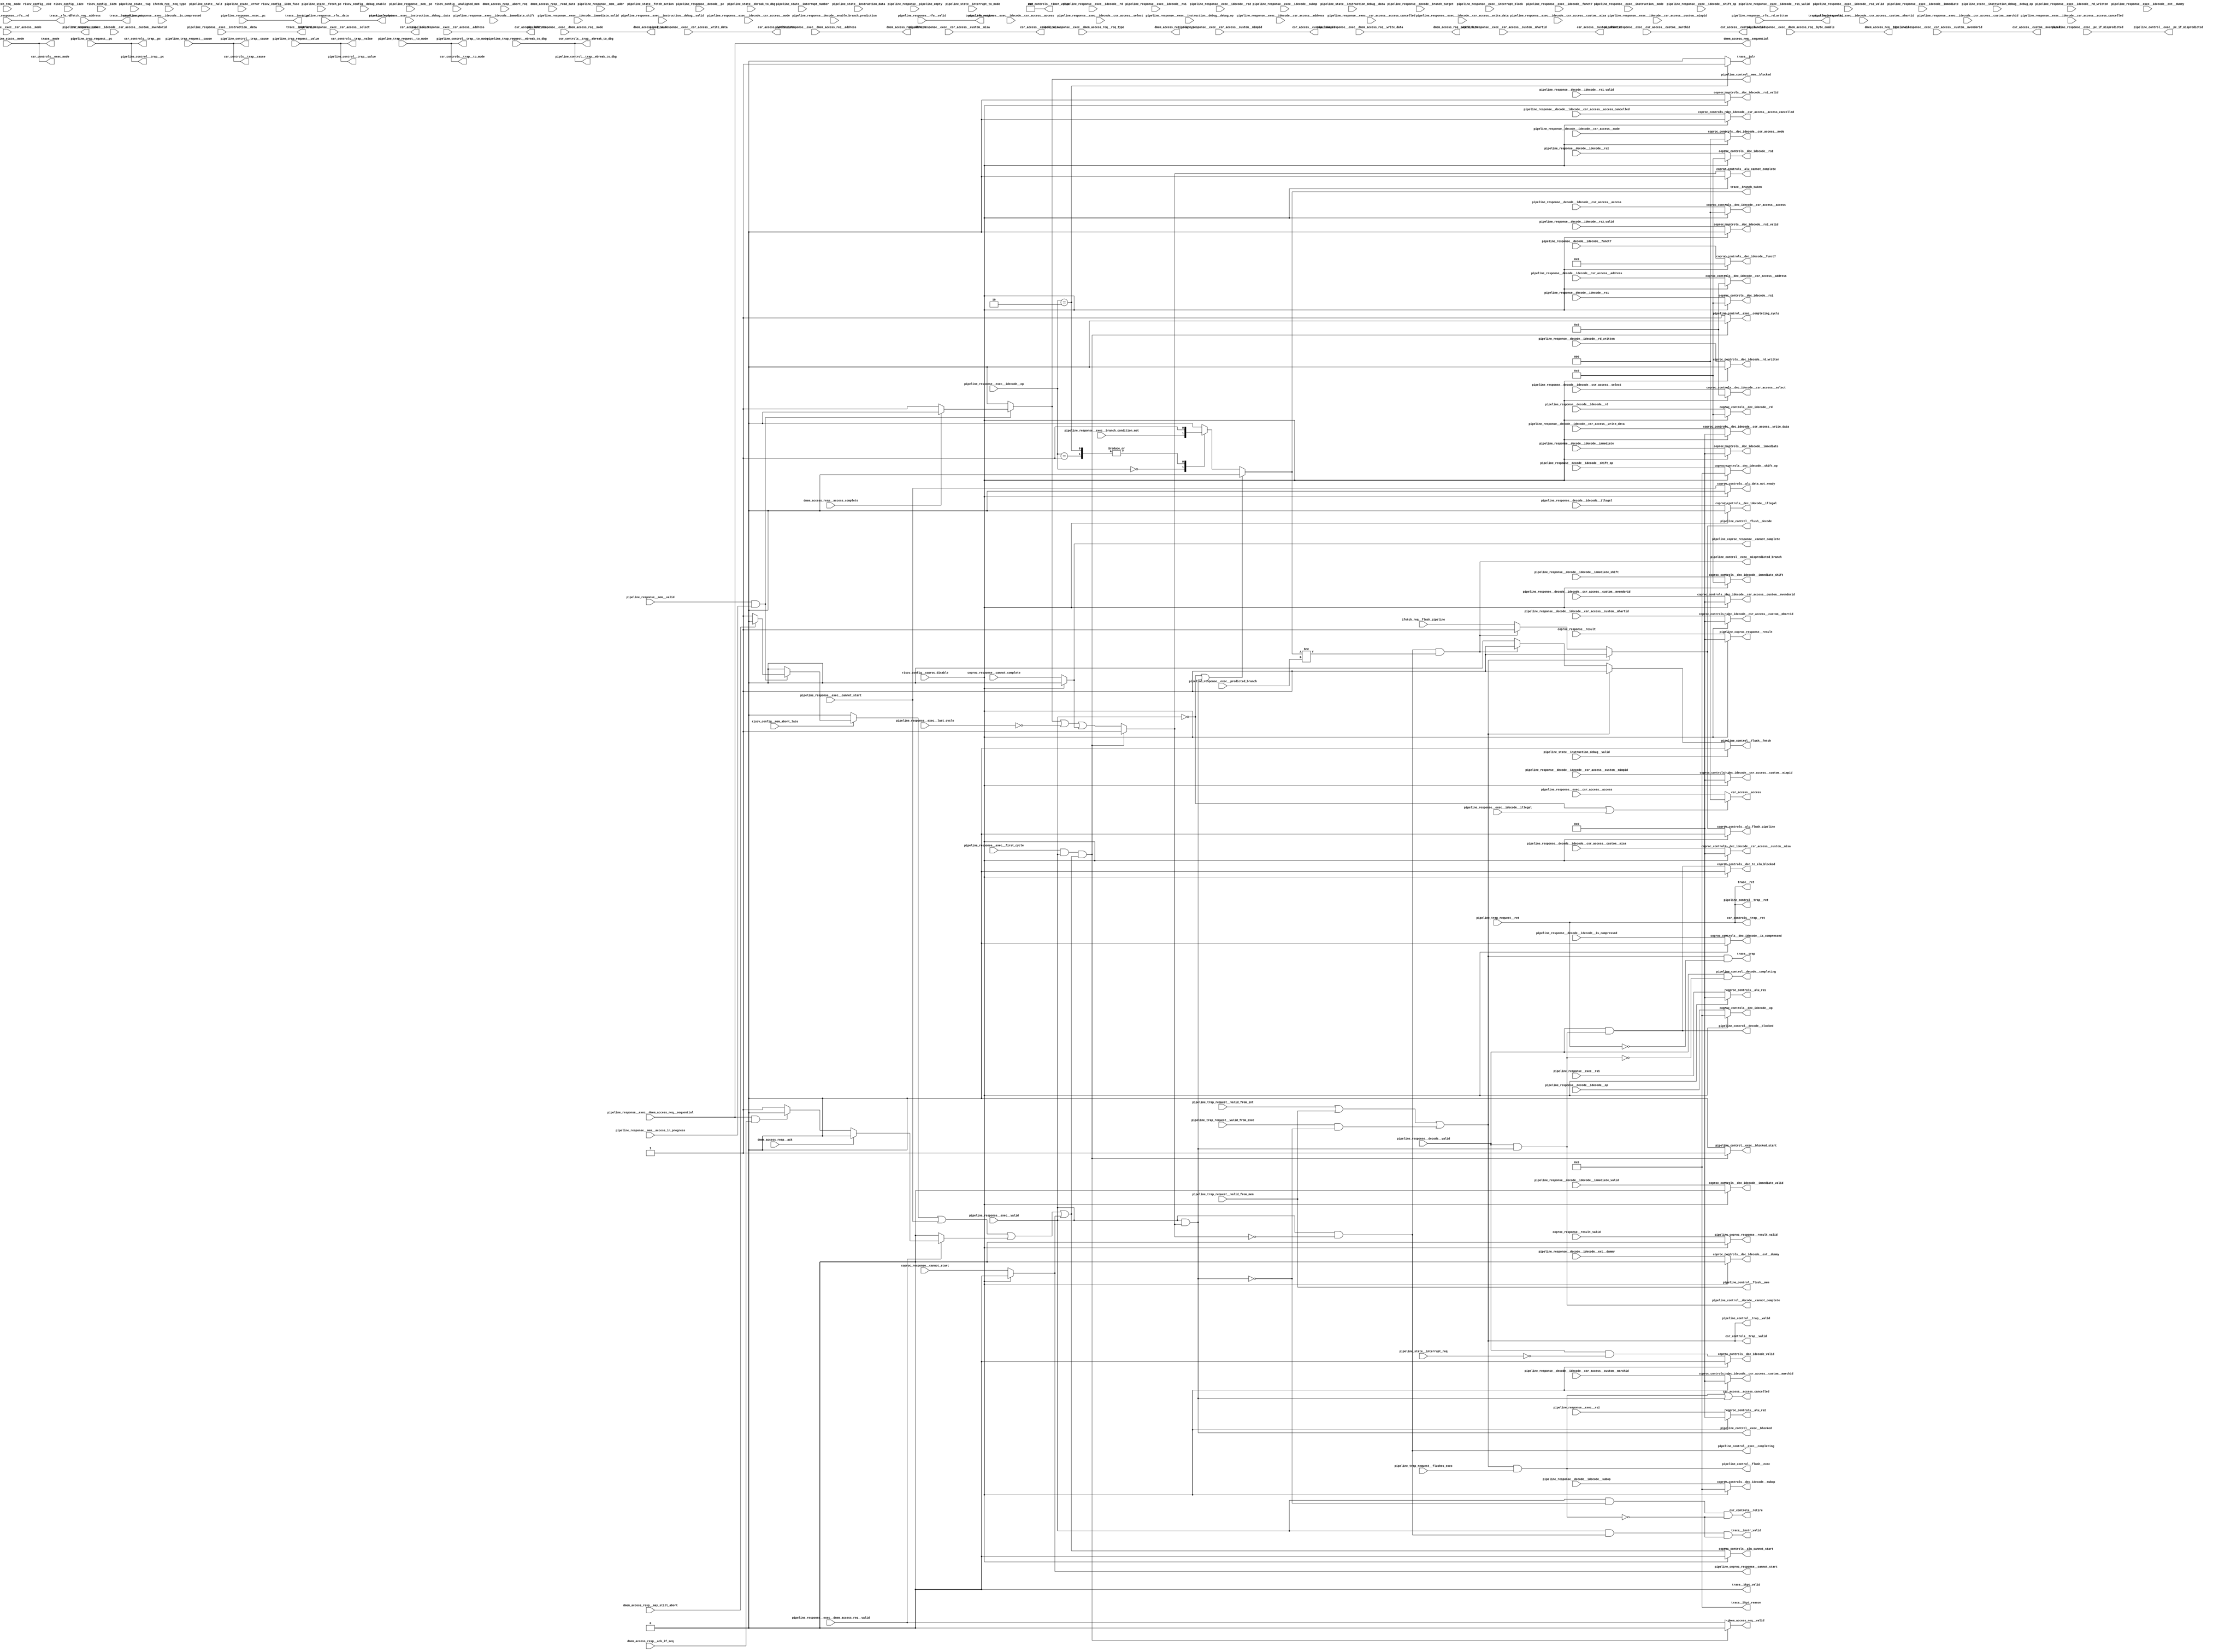
//a Note: created by CDL 1.4 - do not hand edit without recognizing it will be out of sync with the source
// Output mode 0 (VMOD=1, standard verilog=0)
// Verilog option comb reg suffix '__var'
// Verilog option include_displays 0
// Verilog option include_assertions 1
// Verilog option sv_assertions 0
// Verilog option assert delay string '<NULL>'
// Verilog option include_coverage 0
// Verilog option clock_gate_module_instance_type 'banana'
// Verilog option clock_gate_module_instance_extra_ports ''
// Verilog option use_always_at_star 1
// Verilog option clocks_must_have_enables 1

//a Module riscv_i32_pipeline_control_flow
    //   
    //   
    //   
module riscv_i32_pipeline_control_flow
(

    riscv_config__i32c,
    riscv_config__e32,
    riscv_config__i32m,
    riscv_config__i32m_fuse,
    riscv_config__debug_enable,
    riscv_config__coproc_disable,
    riscv_config__unaligned_mem,
    riscv_config__mem_abort_late,
    dmem_access_resp__ack_if_seq,
    dmem_access_resp__ack,
    dmem_access_resp__abort_req,
    dmem_access_resp__may_still_abort,
    dmem_access_resp__access_complete,
    dmem_access_resp__read_data,
    coproc_response__cannot_start,
    coproc_response__result,
    coproc_response__result_valid,
    coproc_response__cannot_complete,
    pipeline_trap_request__valid_from_mem,
    pipeline_trap_request__valid_from_int,
    pipeline_trap_request__valid_from_exec,
    pipeline_trap_request__flushes_exec,
    pipeline_trap_request__to_mode,
    pipeline_trap_request__cause,
    pipeline_trap_request__pc,
    pipeline_trap_request__value,
    pipeline_trap_request__ret,
    pipeline_trap_request__ebreak_to_dbg,
    pipeline_response__decode__valid,
    pipeline_response__decode__pc,
    pipeline_response__decode__branch_target,
    pipeline_response__decode__idecode__rs1,
    pipeline_response__decode__idecode__rs1_valid,
    pipeline_response__decode__idecode__rs2,
    pipeline_response__decode__idecode__rs2_valid,
    pipeline_response__decode__idecode__rd,
    pipeline_response__decode__idecode__rd_written,
    pipeline_response__decode__idecode__csr_access__mode,
    pipeline_response__decode__idecode__csr_access__access_cancelled,
    pipeline_response__decode__idecode__csr_access__access,
    pipeline_response__decode__idecode__csr_access__custom__mhartid,
    pipeline_response__decode__idecode__csr_access__custom__misa,
    pipeline_response__decode__idecode__csr_access__custom__mvendorid,
    pipeline_response__decode__idecode__csr_access__custom__marchid,
    pipeline_response__decode__idecode__csr_access__custom__mimpid,
    pipeline_response__decode__idecode__csr_access__address,
    pipeline_response__decode__idecode__csr_access__select,
    pipeline_response__decode__idecode__csr_access__write_data,
    pipeline_response__decode__idecode__immediate,
    pipeline_response__decode__idecode__immediate_shift,
    pipeline_response__decode__idecode__immediate_valid,
    pipeline_response__decode__idecode__op,
    pipeline_response__decode__idecode__subop,
    pipeline_response__decode__idecode__shift_op,
    pipeline_response__decode__idecode__funct7,
    pipeline_response__decode__idecode__illegal,
    pipeline_response__decode__idecode__is_compressed,
    pipeline_response__decode__idecode__ext__dummy,
    pipeline_response__decode__enable_branch_prediction,
    pipeline_response__exec__valid,
    pipeline_response__exec__cannot_start,
    pipeline_response__exec__first_cycle,
    pipeline_response__exec__last_cycle,
    pipeline_response__exec__interrupt_block,
    pipeline_response__exec__instruction__mode,
    pipeline_response__exec__instruction__data,
    pipeline_response__exec__instruction__debug__valid,
    pipeline_response__exec__instruction__debug__debug_op,
    pipeline_response__exec__instruction__debug__data,
    pipeline_response__exec__idecode__rs1,
    pipeline_response__exec__idecode__rs1_valid,
    pipeline_response__exec__idecode__rs2,
    pipeline_response__exec__idecode__rs2_valid,
    pipeline_response__exec__idecode__rd,
    pipeline_response__exec__idecode__rd_written,
    pipeline_response__exec__idecode__csr_access__mode,
    pipeline_response__exec__idecode__csr_access__access_cancelled,
    pipeline_response__exec__idecode__csr_access__access,
    pipeline_response__exec__idecode__csr_access__custom__mhartid,
    pipeline_response__exec__idecode__csr_access__custom__misa,
    pipeline_response__exec__idecode__csr_access__custom__mvendorid,
    pipeline_response__exec__idecode__csr_access__custom__marchid,
    pipeline_response__exec__idecode__csr_access__custom__mimpid,
    pipeline_response__exec__idecode__csr_access__address,
    pipeline_response__exec__idecode__csr_access__select,
    pipeline_response__exec__idecode__csr_access__write_data,
    pipeline_response__exec__idecode__immediate,
    pipeline_response__exec__idecode__immediate_shift,
    pipeline_response__exec__idecode__immediate_valid,
    pipeline_response__exec__idecode__op,
    pipeline_response__exec__idecode__subop,
    pipeline_response__exec__idecode__shift_op,
    pipeline_response__exec__idecode__funct7,
    pipeline_response__exec__idecode__illegal,
    pipeline_response__exec__idecode__is_compressed,
    pipeline_response__exec__idecode__ext__dummy,
    pipeline_response__exec__rs1,
    pipeline_response__exec__rs2,
    pipeline_response__exec__pc,
    pipeline_response__exec__predicted_branch,
    pipeline_response__exec__pc_if_mispredicted,
    pipeline_response__exec__branch_condition_met,
    pipeline_response__exec__dmem_access_req__valid,
    pipeline_response__exec__dmem_access_req__mode,
    pipeline_response__exec__dmem_access_req__req_type,
    pipeline_response__exec__dmem_access_req__address,
    pipeline_response__exec__dmem_access_req__sequential,
    pipeline_response__exec__dmem_access_req__byte_enable,
    pipeline_response__exec__dmem_access_req__write_data,
    pipeline_response__exec__csr_access__mode,
    pipeline_response__exec__csr_access__access_cancelled,
    pipeline_response__exec__csr_access__access,
    pipeline_response__exec__csr_access__custom__mhartid,
    pipeline_response__exec__csr_access__custom__misa,
    pipeline_response__exec__csr_access__custom__mvendorid,
    pipeline_response__exec__csr_access__custom__marchid,
    pipeline_response__exec__csr_access__custom__mimpid,
    pipeline_response__exec__csr_access__address,
    pipeline_response__exec__csr_access__select,
    pipeline_response__exec__csr_access__write_data,
    pipeline_response__mem__valid,
    pipeline_response__mem__access_in_progress,
    pipeline_response__mem__pc,
    pipeline_response__mem__addr,
    pipeline_response__rfw__valid,
    pipeline_response__rfw__rd_written,
    pipeline_response__rfw__rd,
    pipeline_response__rfw__data,
    pipeline_response__pipeline_empty,
    ifetch_req__flush_pipeline,
    ifetch_req__req_type,
    ifetch_req__address,
    ifetch_req__mode,
    pipeline_state__fetch_action,
    pipeline_state__fetch_pc,
    pipeline_state__mode,
    pipeline_state__error,
    pipeline_state__tag,
    pipeline_state__halt,
    pipeline_state__ebreak_to_dbg,
    pipeline_state__interrupt_req,
    pipeline_state__interrupt_number,
    pipeline_state__interrupt_to_mode,
    pipeline_state__instruction_data,
    pipeline_state__instruction_debug__valid,
    pipeline_state__instruction_debug__debug_op,
    pipeline_state__instruction_debug__data,

    trace__instr_valid,
    trace__mode,
    trace__instr_pc,
    trace__instruction,
    trace__branch_taken,
    trace__branch_target,
    trace__trap,
    trace__ret,
    trace__jalr,
    trace__rfw_retire,
    trace__rfw_data_valid,
    trace__rfw_rd,
    trace__rfw_data,
    trace__bkpt_valid,
    trace__bkpt_reason,
    csr_controls__exec_mode,
    csr_controls__retire,
    csr_controls__timer_value,
    csr_controls__trap__valid,
    csr_controls__trap__to_mode,
    csr_controls__trap__cause,
    csr_controls__trap__pc,
    csr_controls__trap__value,
    csr_controls__trap__ret,
    csr_controls__trap__ebreak_to_dbg,
    coproc_controls__dec_idecode_valid,
    coproc_controls__dec_idecode__rs1,
    coproc_controls__dec_idecode__rs1_valid,
    coproc_controls__dec_idecode__rs2,
    coproc_controls__dec_idecode__rs2_valid,
    coproc_controls__dec_idecode__rd,
    coproc_controls__dec_idecode__rd_written,
    coproc_controls__dec_idecode__csr_access__mode,
    coproc_controls__dec_idecode__csr_access__access_cancelled,
    coproc_controls__dec_idecode__csr_access__access,
    coproc_controls__dec_idecode__csr_access__custom__mhartid,
    coproc_controls__dec_idecode__csr_access__custom__misa,
    coproc_controls__dec_idecode__csr_access__custom__mvendorid,
    coproc_controls__dec_idecode__csr_access__custom__marchid,
    coproc_controls__dec_idecode__csr_access__custom__mimpid,
    coproc_controls__dec_idecode__csr_access__address,
    coproc_controls__dec_idecode__csr_access__select,
    coproc_controls__dec_idecode__csr_access__write_data,
    coproc_controls__dec_idecode__immediate,
    coproc_controls__dec_idecode__immediate_shift,
    coproc_controls__dec_idecode__immediate_valid,
    coproc_controls__dec_idecode__op,
    coproc_controls__dec_idecode__subop,
    coproc_controls__dec_idecode__shift_op,
    coproc_controls__dec_idecode__funct7,
    coproc_controls__dec_idecode__illegal,
    coproc_controls__dec_idecode__is_compressed,
    coproc_controls__dec_idecode__ext__dummy,
    coproc_controls__dec_to_alu_blocked,
    coproc_controls__alu_rs1,
    coproc_controls__alu_rs2,
    coproc_controls__alu_flush_pipeline,
    coproc_controls__alu_cannot_start,
    coproc_controls__alu_data_not_ready,
    coproc_controls__alu_cannot_complete,
    pipeline_coproc_response__cannot_start,
    pipeline_coproc_response__result,
    pipeline_coproc_response__result_valid,
    pipeline_coproc_response__cannot_complete,
    csr_access__mode,
    csr_access__access_cancelled,
    csr_access__access,
    csr_access__custom__mhartid,
    csr_access__custom__misa,
    csr_access__custom__mvendorid,
    csr_access__custom__marchid,
    csr_access__custom__mimpid,
    csr_access__address,
    csr_access__select,
    csr_access__write_data,
    dmem_access_req__valid,
    dmem_access_req__mode,
    dmem_access_req__req_type,
    dmem_access_req__address,
    dmem_access_req__sequential,
    dmem_access_req__byte_enable,
    dmem_access_req__write_data,
    pipeline_control__trap__valid,
    pipeline_control__trap__to_mode,
    pipeline_control__trap__cause,
    pipeline_control__trap__pc,
    pipeline_control__trap__value,
    pipeline_control__trap__ret,
    pipeline_control__trap__ebreak_to_dbg,
    pipeline_control__flush__fetch,
    pipeline_control__flush__decode,
    pipeline_control__flush__exec,
    pipeline_control__flush__mem,
    pipeline_control__decode__completing,
    pipeline_control__decode__blocked,
    pipeline_control__decode__cannot_complete,
    pipeline_control__exec__completing_cycle,
    pipeline_control__exec__completing,
    pipeline_control__exec__blocked_start,
    pipeline_control__exec__blocked,
    pipeline_control__exec__mispredicted_branch,
    pipeline_control__exec__pc_if_mispredicted,
    pipeline_control__mem__blocked
);

    //b Clocks

    //b Inputs
    input riscv_config__i32c;
    input riscv_config__e32;
    input riscv_config__i32m;
    input riscv_config__i32m_fuse;
    input riscv_config__debug_enable;
    input riscv_config__coproc_disable;
    input riscv_config__unaligned_mem;
    input riscv_config__mem_abort_late;
    input dmem_access_resp__ack_if_seq;
    input dmem_access_resp__ack;
    input dmem_access_resp__abort_req;
    input dmem_access_resp__may_still_abort;
    input dmem_access_resp__access_complete;
    input [31:0]dmem_access_resp__read_data;
    input coproc_response__cannot_start;
    input [31:0]coproc_response__result;
    input coproc_response__result_valid;
    input coproc_response__cannot_complete;
    input pipeline_trap_request__valid_from_mem;
    input pipeline_trap_request__valid_from_int;
    input pipeline_trap_request__valid_from_exec;
    input pipeline_trap_request__flushes_exec;
    input [2:0]pipeline_trap_request__to_mode;
    input [4:0]pipeline_trap_request__cause;
    input [31:0]pipeline_trap_request__pc;
    input [31:0]pipeline_trap_request__value;
    input pipeline_trap_request__ret;
    input pipeline_trap_request__ebreak_to_dbg;
    input pipeline_response__decode__valid;
    input [31:0]pipeline_response__decode__pc;
    input [31:0]pipeline_response__decode__branch_target;
    input [4:0]pipeline_response__decode__idecode__rs1;
    input pipeline_response__decode__idecode__rs1_valid;
    input [4:0]pipeline_response__decode__idecode__rs2;
    input pipeline_response__decode__idecode__rs2_valid;
    input [4:0]pipeline_response__decode__idecode__rd;
    input pipeline_response__decode__idecode__rd_written;
    input [2:0]pipeline_response__decode__idecode__csr_access__mode;
    input pipeline_response__decode__idecode__csr_access__access_cancelled;
    input [2:0]pipeline_response__decode__idecode__csr_access__access;
    input [31:0]pipeline_response__decode__idecode__csr_access__custom__mhartid;
    input [31:0]pipeline_response__decode__idecode__csr_access__custom__misa;
    input [31:0]pipeline_response__decode__idecode__csr_access__custom__mvendorid;
    input [31:0]pipeline_response__decode__idecode__csr_access__custom__marchid;
    input [31:0]pipeline_response__decode__idecode__csr_access__custom__mimpid;
    input [11:0]pipeline_response__decode__idecode__csr_access__address;
    input [11:0]pipeline_response__decode__idecode__csr_access__select;
    input [31:0]pipeline_response__decode__idecode__csr_access__write_data;
    input [31:0]pipeline_response__decode__idecode__immediate;
    input [4:0]pipeline_response__decode__idecode__immediate_shift;
    input pipeline_response__decode__idecode__immediate_valid;
    input [3:0]pipeline_response__decode__idecode__op;
    input [3:0]pipeline_response__decode__idecode__subop;
    input [3:0]pipeline_response__decode__idecode__shift_op;
    input [6:0]pipeline_response__decode__idecode__funct7;
    input pipeline_response__decode__idecode__illegal;
    input pipeline_response__decode__idecode__is_compressed;
    input pipeline_response__decode__idecode__ext__dummy;
    input pipeline_response__decode__enable_branch_prediction;
    input pipeline_response__exec__valid;
    input pipeline_response__exec__cannot_start;
    input pipeline_response__exec__first_cycle;
    input pipeline_response__exec__last_cycle;
    input pipeline_response__exec__interrupt_block;
    input [2:0]pipeline_response__exec__instruction__mode;
    input [31:0]pipeline_response__exec__instruction__data;
    input pipeline_response__exec__instruction__debug__valid;
    input [1:0]pipeline_response__exec__instruction__debug__debug_op;
    input [15:0]pipeline_response__exec__instruction__debug__data;
    input [4:0]pipeline_response__exec__idecode__rs1;
    input pipeline_response__exec__idecode__rs1_valid;
    input [4:0]pipeline_response__exec__idecode__rs2;
    input pipeline_response__exec__idecode__rs2_valid;
    input [4:0]pipeline_response__exec__idecode__rd;
    input pipeline_response__exec__idecode__rd_written;
    input [2:0]pipeline_response__exec__idecode__csr_access__mode;
    input pipeline_response__exec__idecode__csr_access__access_cancelled;
    input [2:0]pipeline_response__exec__idecode__csr_access__access;
    input [31:0]pipeline_response__exec__idecode__csr_access__custom__mhartid;
    input [31:0]pipeline_response__exec__idecode__csr_access__custom__misa;
    input [31:0]pipeline_response__exec__idecode__csr_access__custom__mvendorid;
    input [31:0]pipeline_response__exec__idecode__csr_access__custom__marchid;
    input [31:0]pipeline_response__exec__idecode__csr_access__custom__mimpid;
    input [11:0]pipeline_response__exec__idecode__csr_access__address;
    input [11:0]pipeline_response__exec__idecode__csr_access__select;
    input [31:0]pipeline_response__exec__idecode__csr_access__write_data;
    input [31:0]pipeline_response__exec__idecode__immediate;
    input [4:0]pipeline_response__exec__idecode__immediate_shift;
    input pipeline_response__exec__idecode__immediate_valid;
    input [3:0]pipeline_response__exec__idecode__op;
    input [3:0]pipeline_response__exec__idecode__subop;
    input [3:0]pipeline_response__exec__idecode__shift_op;
    input [6:0]pipeline_response__exec__idecode__funct7;
    input pipeline_response__exec__idecode__illegal;
    input pipeline_response__exec__idecode__is_compressed;
    input pipeline_response__exec__idecode__ext__dummy;
    input [31:0]pipeline_response__exec__rs1;
    input [31:0]pipeline_response__exec__rs2;
    input [31:0]pipeline_response__exec__pc;
    input pipeline_response__exec__predicted_branch;
    input [31:0]pipeline_response__exec__pc_if_mispredicted;
    input pipeline_response__exec__branch_condition_met;
    input pipeline_response__exec__dmem_access_req__valid;
    input [2:0]pipeline_response__exec__dmem_access_req__mode;
    input [4:0]pipeline_response__exec__dmem_access_req__req_type;
    input [31:0]pipeline_response__exec__dmem_access_req__address;
    input pipeline_response__exec__dmem_access_req__sequential;
    input [3:0]pipeline_response__exec__dmem_access_req__byte_enable;
    input [31:0]pipeline_response__exec__dmem_access_req__write_data;
    input [2:0]pipeline_response__exec__csr_access__mode;
    input pipeline_response__exec__csr_access__access_cancelled;
    input [2:0]pipeline_response__exec__csr_access__access;
    input [31:0]pipeline_response__exec__csr_access__custom__mhartid;
    input [31:0]pipeline_response__exec__csr_access__custom__misa;
    input [31:0]pipeline_response__exec__csr_access__custom__mvendorid;
    input [31:0]pipeline_response__exec__csr_access__custom__marchid;
    input [31:0]pipeline_response__exec__csr_access__custom__mimpid;
    input [11:0]pipeline_response__exec__csr_access__address;
    input [11:0]pipeline_response__exec__csr_access__select;
    input [31:0]pipeline_response__exec__csr_access__write_data;
    input pipeline_response__mem__valid;
    input pipeline_response__mem__access_in_progress;
    input [31:0]pipeline_response__mem__pc;
    input [31:0]pipeline_response__mem__addr;
    input pipeline_response__rfw__valid;
    input pipeline_response__rfw__rd_written;
    input [4:0]pipeline_response__rfw__rd;
    input [31:0]pipeline_response__rfw__data;
    input pipeline_response__pipeline_empty;
    input ifetch_req__flush_pipeline;
    input [2:0]ifetch_req__req_type;
    input [31:0]ifetch_req__address;
    input [2:0]ifetch_req__mode;
    input [2:0]pipeline_state__fetch_action;
    input [31:0]pipeline_state__fetch_pc;
    input [2:0]pipeline_state__mode;
    input pipeline_state__error;
    input [1:0]pipeline_state__tag;
    input pipeline_state__halt;
    input pipeline_state__ebreak_to_dbg;
    input pipeline_state__interrupt_req;
    input [3:0]pipeline_state__interrupt_number;
    input [2:0]pipeline_state__interrupt_to_mode;
    input [31:0]pipeline_state__instruction_data;
    input pipeline_state__instruction_debug__valid;
    input [1:0]pipeline_state__instruction_debug__debug_op;
    input [15:0]pipeline_state__instruction_debug__data;

    //b Outputs
    output trace__instr_valid;
    output [2:0]trace__mode;
    output [31:0]trace__instr_pc;
    output [31:0]trace__instruction;
    output trace__branch_taken;
    output [31:0]trace__branch_target;
    output trace__trap;
    output trace__ret;
    output trace__jalr;
    output trace__rfw_retire;
    output trace__rfw_data_valid;
    output [4:0]trace__rfw_rd;
    output [31:0]trace__rfw_data;
    output trace__bkpt_valid;
    output [3:0]trace__bkpt_reason;
    output [2:0]csr_controls__exec_mode;
    output csr_controls__retire;
    output [63:0]csr_controls__timer_value;
    output csr_controls__trap__valid;
    output [2:0]csr_controls__trap__to_mode;
    output [4:0]csr_controls__trap__cause;
    output [31:0]csr_controls__trap__pc;
    output [31:0]csr_controls__trap__value;
    output csr_controls__trap__ret;
    output csr_controls__trap__ebreak_to_dbg;
    output coproc_controls__dec_idecode_valid;
    output [4:0]coproc_controls__dec_idecode__rs1;
    output coproc_controls__dec_idecode__rs1_valid;
    output [4:0]coproc_controls__dec_idecode__rs2;
    output coproc_controls__dec_idecode__rs2_valid;
    output [4:0]coproc_controls__dec_idecode__rd;
    output coproc_controls__dec_idecode__rd_written;
    output [2:0]coproc_controls__dec_idecode__csr_access__mode;
    output coproc_controls__dec_idecode__csr_access__access_cancelled;
    output [2:0]coproc_controls__dec_idecode__csr_access__access;
    output [31:0]coproc_controls__dec_idecode__csr_access__custom__mhartid;
    output [31:0]coproc_controls__dec_idecode__csr_access__custom__misa;
    output [31:0]coproc_controls__dec_idecode__csr_access__custom__mvendorid;
    output [31:0]coproc_controls__dec_idecode__csr_access__custom__marchid;
    output [31:0]coproc_controls__dec_idecode__csr_access__custom__mimpid;
    output [11:0]coproc_controls__dec_idecode__csr_access__address;
    output [11:0]coproc_controls__dec_idecode__csr_access__select;
    output [31:0]coproc_controls__dec_idecode__csr_access__write_data;
    output [31:0]coproc_controls__dec_idecode__immediate;
    output [4:0]coproc_controls__dec_idecode__immediate_shift;
    output coproc_controls__dec_idecode__immediate_valid;
    output [3:0]coproc_controls__dec_idecode__op;
    output [3:0]coproc_controls__dec_idecode__subop;
    output [3:0]coproc_controls__dec_idecode__shift_op;
    output [6:0]coproc_controls__dec_idecode__funct7;
    output coproc_controls__dec_idecode__illegal;
    output coproc_controls__dec_idecode__is_compressed;
    output coproc_controls__dec_idecode__ext__dummy;
    output coproc_controls__dec_to_alu_blocked;
    output [31:0]coproc_controls__alu_rs1;
    output [31:0]coproc_controls__alu_rs2;
    output coproc_controls__alu_flush_pipeline;
    output coproc_controls__alu_cannot_start;
    output coproc_controls__alu_data_not_ready;
    output coproc_controls__alu_cannot_complete;
    output pipeline_coproc_response__cannot_start;
    output [31:0]pipeline_coproc_response__result;
    output pipeline_coproc_response__result_valid;
    output pipeline_coproc_response__cannot_complete;
    output [2:0]csr_access__mode;
    output csr_access__access_cancelled;
    output [2:0]csr_access__access;
    output [31:0]csr_access__custom__mhartid;
    output [31:0]csr_access__custom__misa;
    output [31:0]csr_access__custom__mvendorid;
    output [31:0]csr_access__custom__marchid;
    output [31:0]csr_access__custom__mimpid;
    output [11:0]csr_access__address;
    output [11:0]csr_access__select;
    output [31:0]csr_access__write_data;
    output dmem_access_req__valid;
    output [2:0]dmem_access_req__mode;
    output [4:0]dmem_access_req__req_type;
    output [31:0]dmem_access_req__address;
    output dmem_access_req__sequential;
    output [3:0]dmem_access_req__byte_enable;
    output [31:0]dmem_access_req__write_data;
    output pipeline_control__trap__valid;
    output [2:0]pipeline_control__trap__to_mode;
    output [4:0]pipeline_control__trap__cause;
    output [31:0]pipeline_control__trap__pc;
    output [31:0]pipeline_control__trap__value;
    output pipeline_control__trap__ret;
    output pipeline_control__trap__ebreak_to_dbg;
    output pipeline_control__flush__fetch;
    output pipeline_control__flush__decode;
    output pipeline_control__flush__exec;
    output pipeline_control__flush__mem;
    output pipeline_control__decode__completing;
    output pipeline_control__decode__blocked;
    output pipeline_control__decode__cannot_complete;
    output pipeline_control__exec__completing_cycle;
    output pipeline_control__exec__completing;
    output pipeline_control__exec__blocked_start;
    output pipeline_control__exec__blocked;
    output pipeline_control__exec__mispredicted_branch;
    output [31:0]pipeline_control__exec__pc_if_mispredicted;
    output pipeline_control__mem__blocked;

// output components here

    //b Output combinatorials
    reg trace__instr_valid;
    reg [2:0]trace__mode;
    reg [31:0]trace__instr_pc;
    reg [31:0]trace__instruction;
    reg trace__branch_taken;
    reg [31:0]trace__branch_target;
    reg trace__trap;
    reg trace__ret;
    reg trace__jalr;
    reg trace__rfw_retire;
    reg trace__rfw_data_valid;
    reg [4:0]trace__rfw_rd;
    reg [31:0]trace__rfw_data;
    reg trace__bkpt_valid;
    reg [3:0]trace__bkpt_reason;
    reg [2:0]csr_controls__exec_mode;
    reg csr_controls__retire;
    reg [63:0]csr_controls__timer_value;
    reg csr_controls__trap__valid;
    reg [2:0]csr_controls__trap__to_mode;
    reg [4:0]csr_controls__trap__cause;
    reg [31:0]csr_controls__trap__pc;
    reg [31:0]csr_controls__trap__value;
    reg csr_controls__trap__ret;
    reg csr_controls__trap__ebreak_to_dbg;
    reg coproc_controls__dec_idecode_valid;
    reg [4:0]coproc_controls__dec_idecode__rs1;
    reg coproc_controls__dec_idecode__rs1_valid;
    reg [4:0]coproc_controls__dec_idecode__rs2;
    reg coproc_controls__dec_idecode__rs2_valid;
    reg [4:0]coproc_controls__dec_idecode__rd;
    reg coproc_controls__dec_idecode__rd_written;
    reg [2:0]coproc_controls__dec_idecode__csr_access__mode;
    reg coproc_controls__dec_idecode__csr_access__access_cancelled;
    reg [2:0]coproc_controls__dec_idecode__csr_access__access;
    reg [31:0]coproc_controls__dec_idecode__csr_access__custom__mhartid;
    reg [31:0]coproc_controls__dec_idecode__csr_access__custom__misa;
    reg [31:0]coproc_controls__dec_idecode__csr_access__custom__mvendorid;
    reg [31:0]coproc_controls__dec_idecode__csr_access__custom__marchid;
    reg [31:0]coproc_controls__dec_idecode__csr_access__custom__mimpid;
    reg [11:0]coproc_controls__dec_idecode__csr_access__address;
    reg [11:0]coproc_controls__dec_idecode__csr_access__select;
    reg [31:0]coproc_controls__dec_idecode__csr_access__write_data;
    reg [31:0]coproc_controls__dec_idecode__immediate;
    reg [4:0]coproc_controls__dec_idecode__immediate_shift;
    reg coproc_controls__dec_idecode__immediate_valid;
    reg [3:0]coproc_controls__dec_idecode__op;
    reg [3:0]coproc_controls__dec_idecode__subop;
    reg [3:0]coproc_controls__dec_idecode__shift_op;
    reg [6:0]coproc_controls__dec_idecode__funct7;
    reg coproc_controls__dec_idecode__illegal;
    reg coproc_controls__dec_idecode__is_compressed;
    reg coproc_controls__dec_idecode__ext__dummy;
    reg coproc_controls__dec_to_alu_blocked;
    reg [31:0]coproc_controls__alu_rs1;
    reg [31:0]coproc_controls__alu_rs2;
    reg coproc_controls__alu_flush_pipeline;
    reg coproc_controls__alu_cannot_start;
    reg coproc_controls__alu_data_not_ready;
    reg coproc_controls__alu_cannot_complete;
    reg pipeline_coproc_response__cannot_start;
    reg [31:0]pipeline_coproc_response__result;
    reg pipeline_coproc_response__result_valid;
    reg pipeline_coproc_response__cannot_complete;
    reg [2:0]csr_access__mode;
    reg csr_access__access_cancelled;
    reg [2:0]csr_access__access;
    reg [31:0]csr_access__custom__mhartid;
    reg [31:0]csr_access__custom__misa;
    reg [31:0]csr_access__custom__mvendorid;
    reg [31:0]csr_access__custom__marchid;
    reg [31:0]csr_access__custom__mimpid;
    reg [11:0]csr_access__address;
    reg [11:0]csr_access__select;
    reg [31:0]csr_access__write_data;
    reg dmem_access_req__valid;
    reg [2:0]dmem_access_req__mode;
    reg [4:0]dmem_access_req__req_type;
    reg [31:0]dmem_access_req__address;
    reg dmem_access_req__sequential;
    reg [3:0]dmem_access_req__byte_enable;
    reg [31:0]dmem_access_req__write_data;
    reg pipeline_control__trap__valid;
    reg [2:0]pipeline_control__trap__to_mode;
    reg [4:0]pipeline_control__trap__cause;
    reg [31:0]pipeline_control__trap__pc;
    reg [31:0]pipeline_control__trap__value;
    reg pipeline_control__trap__ret;
    reg pipeline_control__trap__ebreak_to_dbg;
    reg pipeline_control__flush__fetch;
    reg pipeline_control__flush__decode;
    reg pipeline_control__flush__exec;
    reg pipeline_control__flush__mem;
    reg pipeline_control__decode__completing;
    reg pipeline_control__decode__blocked;
    reg pipeline_control__decode__cannot_complete;
    reg pipeline_control__exec__completing_cycle;
    reg pipeline_control__exec__completing;
    reg pipeline_control__exec__blocked_start;
    reg pipeline_control__exec__blocked;
    reg pipeline_control__exec__mispredicted_branch;
    reg [31:0]pipeline_control__exec__pc_if_mispredicted;
    reg pipeline_control__mem__blocked;

    //b Output nets

    //b Internal and output registers

    //b Internal combinatorials
    reg control_flow_combs__branch_taken;
    reg control_flow_combs__jalr;
    reg control_flow_combs__mem_cannot_start;
    reg control_flow_combs__mem_cannot_complete;
    reg control_flow_combs__dmem_blocked;
    reg control_flow_combs__exec_cannot_start;
    reg control_flow_combs__exec_cannot_complete;

    //b Internal nets

    //b Clock gating module instances
    //b Module instances
    //b pipeline_blocking combinatorial process
    always @ ( * )//pipeline_blocking
    begin: pipeline_blocking__comb_code
    reg control_flow_combs__mem_cannot_complete__var;
    reg control_flow_combs__mem_cannot_start__var;
    reg control_flow_combs__dmem_blocked__var;
    reg control_flow_combs__exec_cannot_complete__var;
    reg pipeline_control__exec__blocked_start__var;
    reg pipeline_control__exec__completing_cycle__var;
        control_flow_combs__mem_cannot_complete__var = 1'h0;
        control_flow_combs__mem_cannot_start__var = 1'h0;
        if (((pipeline_response__mem__valid!=1'h0)&&(pipeline_response__mem__access_in_progress!=1'h0)))
        begin
            if (!(dmem_access_resp__access_complete!=1'h0))
            begin
                control_flow_combs__mem_cannot_complete__var = 1'h1;
            end //if
            if (!(dmem_access_resp__may_still_abort!=1'h0))
            begin
                control_flow_combs__mem_cannot_start__var = 1'h1;
            end //if
        end //if
        if ((1'h0||!(riscv_config__mem_abort_late!=1'h0)))
        begin
            control_flow_combs__mem_cannot_start__var = 1'h0;
        end //if
        control_flow_combs__dmem_blocked__var = 1'h0;
        if ((pipeline_response__exec__dmem_access_req__valid!=1'h0))
        begin
            control_flow_combs__dmem_blocked__var = 1'h1;
            if ((dmem_access_resp__ack!=1'h0))
            begin
                control_flow_combs__dmem_blocked__var = 1'h0;
            end //if
            else
            
            begin
                if (((pipeline_response__exec__dmem_access_req__sequential!=1'h0)&&(dmem_access_resp__ack_if_seq!=1'h0)))
                begin
                    control_flow_combs__dmem_blocked__var = 1'h0;
                end //if
            end //else
        end //if
        control_flow_combs__exec_cannot_start = ((((control_flow_combs__mem_cannot_start__var!=1'h0)||(pipeline_response__exec__cannot_start!=1'h0))||(control_flow_combs__dmem_blocked__var!=1'h0))||(pipeline_coproc_response__cannot_start!=1'h0));
        control_flow_combs__exec_cannot_complete__var = (((control_flow_combs__mem_cannot_complete__var!=1'h0)||!(pipeline_response__exec__last_cycle!=1'h0))||(pipeline_coproc_response__cannot_complete!=1'h0));
        if ((((pipeline_response__exec__first_cycle!=1'h0)&&(pipeline_response__exec__valid!=1'h0))&&(control_flow_combs__exec_cannot_start!=1'h0)))
        begin
            control_flow_combs__exec_cannot_complete__var = 1'h1;
        end //if
        pipeline_control__mem__blocked = control_flow_combs__mem_cannot_complete__var;
        pipeline_control__exec__blocked_start__var = 1'h0;
        pipeline_control__exec__completing_cycle__var = 1'h1;
        if ((((pipeline_response__exec__first_cycle!=1'h0)&&(pipeline_response__exec__valid!=1'h0))&&(control_flow_combs__exec_cannot_start!=1'h0)))
        begin
            pipeline_control__exec__blocked_start__var = 1'h1;
            pipeline_control__exec__completing_cycle__var = 1'h0;
        end //if
        pipeline_control__exec__completing = ((pipeline_response__exec__valid!=1'h0)&&!(control_flow_combs__exec_cannot_complete__var!=1'h0));
        pipeline_control__exec__blocked = ((pipeline_response__exec__valid!=1'h0)&&(control_flow_combs__exec_cannot_complete__var!=1'h0));
        pipeline_control__decode__cannot_complete = ((pipeline_response__decode__valid!=1'h0)&&(pipeline_control__exec__blocked!=1'h0));
        pipeline_control__decode__completing = ((pipeline_response__decode__valid!=1'h0)&&!(pipeline_control__decode__cannot_complete!=1'h0));
        pipeline_control__decode__blocked = ((pipeline_response__decode__valid!=1'h0)&&(pipeline_control__decode__cannot_complete!=1'h0));
        control_flow_combs__mem_cannot_complete = control_flow_combs__mem_cannot_complete__var;
        control_flow_combs__mem_cannot_start = control_flow_combs__mem_cannot_start__var;
        control_flow_combs__dmem_blocked = control_flow_combs__dmem_blocked__var;
        control_flow_combs__exec_cannot_complete = control_flow_combs__exec_cannot_complete__var;
        pipeline_control__exec__blocked_start = pipeline_control__exec__blocked_start__var;
        pipeline_control__exec__completing_cycle = pipeline_control__exec__completing_cycle__var;
    end //always

    //b control_flow_code combinatorial process
    always @ ( * )//control_flow_code
    begin: control_flow_code__comb_code
    reg control_flow_combs__branch_taken__var;
    reg control_flow_combs__jalr__var;
        control_flow_combs__branch_taken__var = 1'h0;
        control_flow_combs__jalr__var = 1'h0;
        pipeline_control__exec__pc_if_mispredicted = pipeline_response__exec__pc_if_mispredicted;
        case (pipeline_response__exec__idecode__op) //synopsys parallel_case
        4'h0: // req 1
            begin
            control_flow_combs__branch_taken__var = pipeline_response__exec__branch_condition_met;
            end
        4'h1: // req 1
            begin
            control_flow_combs__branch_taken__var = 1'h1;
            end
        4'h2: // req 1
            begin
            control_flow_combs__branch_taken__var = 1'h1;
            control_flow_combs__jalr__var = 1'h1;
            end
        //synopsys  translate_off
        //pragma coverage off
        //synopsys  translate_on
        default:
            begin
            //Need a default case to make Cadence Lint happy, even though this is not a full case
            end
        //synopsys  translate_off
        //pragma coverage on
        //synopsys  translate_on
        endcase
        if ((!(pipeline_response__exec__valid!=1'h0)||(pipeline_control__exec__blocked!=1'h0)))
        begin
            control_flow_combs__branch_taken__var = 1'h0;
        end //if
        pipeline_control__exec__mispredicted_branch = ((pipeline_control__exec__completing!=1'h0)&&(control_flow_combs__branch_taken__var!=pipeline_response__exec__predicted_branch));
        control_flow_combs__branch_taken = control_flow_combs__branch_taken__var;
        control_flow_combs__jalr = control_flow_combs__jalr__var;
    end //always

    //b code combinatorial process
    always @ ( * )//code
    begin: code__comb_code
    reg dmem_access_req__valid__var;
    reg csr_access__access_cancelled__var;
    reg [2:0]csr_access__access__var;
    reg pipeline_control__flush__decode__var;
    reg pipeline_control__flush__fetch__var;
        dmem_access_req__valid__var = pipeline_response__exec__dmem_access_req__valid;
        dmem_access_req__mode = pipeline_response__exec__dmem_access_req__mode;
        dmem_access_req__req_type = pipeline_response__exec__dmem_access_req__req_type;
        dmem_access_req__address = pipeline_response__exec__dmem_access_req__address;
        dmem_access_req__sequential = pipeline_response__exec__dmem_access_req__sequential;
        dmem_access_req__byte_enable = pipeline_response__exec__dmem_access_req__byte_enable;
        dmem_access_req__write_data = pipeline_response__exec__dmem_access_req__write_data;
        if (!(pipeline_control__exec__completing_cycle!=1'h0))
        begin
            dmem_access_req__valid__var = 1'h0;
        end //if
        csr_access__mode = pipeline_response__exec__csr_access__mode;
        csr_access__access_cancelled__var = pipeline_response__exec__csr_access__access_cancelled;
        csr_access__access__var = pipeline_response__exec__csr_access__access;
        csr_access__custom__mhartid = pipeline_response__exec__csr_access__custom__mhartid;
        csr_access__custom__misa = pipeline_response__exec__csr_access__custom__misa;
        csr_access__custom__mvendorid = pipeline_response__exec__csr_access__custom__mvendorid;
        csr_access__custom__marchid = pipeline_response__exec__csr_access__custom__marchid;
        csr_access__custom__mimpid = pipeline_response__exec__csr_access__custom__mimpid;
        csr_access__address = pipeline_response__exec__csr_access__address;
        csr_access__select = pipeline_response__exec__csr_access__select;
        csr_access__write_data = pipeline_response__exec__csr_access__write_data;
        if ((!(pipeline_response__exec__valid!=1'h0)||(pipeline_response__exec__idecode__illegal!=1'h0)))
        begin
            csr_access__access__var = 3'h0;
        end //if
        pipeline_control__trap__valid = (((pipeline_trap_request__valid_from_int!=1'h0)||(pipeline_trap_request__valid_from_mem!=1'h0))||((pipeline_trap_request__valid_from_exec!=1'h0)&&!(pipeline_control__exec__blocked!=1'h0)));
        pipeline_control__trap__to_mode = pipeline_trap_request__to_mode;
        pipeline_control__trap__cause = pipeline_trap_request__cause;
        pipeline_control__trap__pc = pipeline_trap_request__pc;
        pipeline_control__trap__value = pipeline_trap_request__value;
        pipeline_control__trap__ret = pipeline_trap_request__ret;
        pipeline_control__trap__ebreak_to_dbg = pipeline_trap_request__ebreak_to_dbg;
        pipeline_control__flush__decode__var = ifetch_req__flush_pipeline;
        pipeline_control__flush__fetch__var = 1'h0;
        pipeline_control__flush__exec = ((pipeline_control__trap__valid!=1'h0)&&(pipeline_trap_request__flushes_exec!=1'h0));
        pipeline_control__flush__mem = pipeline_trap_request__valid_from_mem;
        if ((pipeline_control__exec__mispredicted_branch!=1'h0))
        begin
            pipeline_control__flush__fetch__var = 1'h1;
            pipeline_control__flush__decode__var = 1'h1;
        end //if
        if ((pipeline_control__trap__valid!=1'h0))
        begin
            pipeline_control__flush__fetch__var = 1'h1;
            pipeline_control__flush__decode__var = 1'h1;
        end //if
        if ((pipeline_state__instruction_debug__valid!=1'h0))
        begin
            pipeline_control__flush__fetch__var = 1'h0;
        end //if
        csr_access__access_cancelled__var = (pipeline_control__flush__exec | pipeline_control__exec__blocked);
        dmem_access_req__valid = dmem_access_req__valid__var;
        csr_access__access_cancelled = csr_access__access_cancelled__var;
        csr_access__access = csr_access__access__var;
        pipeline_control__flush__decode = pipeline_control__flush__decode__var;
        pipeline_control__flush__fetch = pipeline_control__flush__fetch__var;
    end //always

    //b csr_controls combinatorial process
    always @ ( * )//csr_controls
    begin: csr_controls__comb_code
    reg [2:0]csr_controls__exec_mode__var;
    reg csr_controls__retire__var;
    reg csr_controls__trap__valid__var;
    reg [2:0]csr_controls__trap__to_mode__var;
    reg [4:0]csr_controls__trap__cause__var;
    reg [31:0]csr_controls__trap__pc__var;
    reg [31:0]csr_controls__trap__value__var;
    reg csr_controls__trap__ret__var;
    reg csr_controls__trap__ebreak_to_dbg__var;
        csr_controls__exec_mode__var = 3'h0;
        csr_controls__retire__var = 1'h0;
        csr_controls__timer_value = 64'h0;
        csr_controls__trap__valid__var = 1'h0;
        csr_controls__trap__to_mode__var = 3'h0;
        csr_controls__trap__cause__var = 5'h0;
        csr_controls__trap__pc__var = 32'h0;
        csr_controls__trap__value__var = 32'h0;
        csr_controls__trap__ret__var = 1'h0;
        csr_controls__trap__ebreak_to_dbg__var = 1'h0;
        csr_controls__exec_mode__var = pipeline_state__mode;
        csr_controls__retire__var = (((pipeline_response__exec__valid!=1'h0)&&!(pipeline_control__exec__blocked!=1'h0))&&!(pipeline_control__flush__exec!=1'h0));
        csr_controls__trap__valid__var = pipeline_control__trap__valid;
        csr_controls__trap__to_mode__var = pipeline_control__trap__to_mode;
        csr_controls__trap__cause__var = pipeline_control__trap__cause;
        csr_controls__trap__pc__var = pipeline_control__trap__pc;
        csr_controls__trap__value__var = pipeline_control__trap__value;
        csr_controls__trap__ret__var = pipeline_control__trap__ret;
        csr_controls__trap__ebreak_to_dbg__var = pipeline_control__trap__ebreak_to_dbg;
        csr_controls__exec_mode = csr_controls__exec_mode__var;
        csr_controls__retire = csr_controls__retire__var;
        csr_controls__trap__valid = csr_controls__trap__valid__var;
        csr_controls__trap__to_mode = csr_controls__trap__to_mode__var;
        csr_controls__trap__cause = csr_controls__trap__cause__var;
        csr_controls__trap__pc = csr_controls__trap__pc__var;
        csr_controls__trap__value = csr_controls__trap__value__var;
        csr_controls__trap__ret = csr_controls__trap__ret__var;
        csr_controls__trap__ebreak_to_dbg = csr_controls__trap__ebreak_to_dbg__var;
    end //always

    //b coprocessor_interface combinatorial process
        //   
        //       Drive the coprocessor controls unless disabled; mirror the pipeline combs
        //   
        //       Probably only legal if there is a decode stage - or if the coprocessor knows there is not
        //       
    always @ ( * )//coprocessor_interface
    begin: coprocessor_interface__comb_code
    reg [4:0]coproc_controls__dec_idecode__rs1__var;
    reg coproc_controls__dec_idecode__rs1_valid__var;
    reg [4:0]coproc_controls__dec_idecode__rs2__var;
    reg coproc_controls__dec_idecode__rs2_valid__var;
    reg [4:0]coproc_controls__dec_idecode__rd__var;
    reg coproc_controls__dec_idecode__rd_written__var;
    reg [2:0]coproc_controls__dec_idecode__csr_access__mode__var;
    reg coproc_controls__dec_idecode__csr_access__access_cancelled__var;
    reg [2:0]coproc_controls__dec_idecode__csr_access__access__var;
    reg [31:0]coproc_controls__dec_idecode__csr_access__custom__mhartid__var;
    reg [31:0]coproc_controls__dec_idecode__csr_access__custom__misa__var;
    reg [31:0]coproc_controls__dec_idecode__csr_access__custom__mvendorid__var;
    reg [31:0]coproc_controls__dec_idecode__csr_access__custom__marchid__var;
    reg [31:0]coproc_controls__dec_idecode__csr_access__custom__mimpid__var;
    reg [11:0]coproc_controls__dec_idecode__csr_access__address__var;
    reg [11:0]coproc_controls__dec_idecode__csr_access__select__var;
    reg [31:0]coproc_controls__dec_idecode__csr_access__write_data__var;
    reg [31:0]coproc_controls__dec_idecode__immediate__var;
    reg [4:0]coproc_controls__dec_idecode__immediate_shift__var;
    reg coproc_controls__dec_idecode__immediate_valid__var;
    reg [3:0]coproc_controls__dec_idecode__op__var;
    reg [3:0]coproc_controls__dec_idecode__subop__var;
    reg [3:0]coproc_controls__dec_idecode__shift_op__var;
    reg [6:0]coproc_controls__dec_idecode__funct7__var;
    reg coproc_controls__dec_idecode__illegal__var;
    reg coproc_controls__dec_idecode__is_compressed__var;
    reg coproc_controls__dec_idecode__ext__dummy__var;
    reg coproc_controls__dec_idecode_valid__var;
    reg coproc_controls__dec_to_alu_blocked__var;
    reg [31:0]coproc_controls__alu_rs1__var;
    reg [31:0]coproc_controls__alu_rs2__var;
    reg coproc_controls__alu_data_not_ready__var;
    reg coproc_controls__alu_flush_pipeline__var;
    reg coproc_controls__alu_cannot_start__var;
    reg coproc_controls__alu_cannot_complete__var;
    reg pipeline_coproc_response__cannot_start__var;
    reg [31:0]pipeline_coproc_response__result__var;
    reg pipeline_coproc_response__result_valid__var;
    reg pipeline_coproc_response__cannot_complete__var;
        coproc_controls__dec_idecode__rs1__var = pipeline_response__decode__idecode__rs1;
        coproc_controls__dec_idecode__rs1_valid__var = pipeline_response__decode__idecode__rs1_valid;
        coproc_controls__dec_idecode__rs2__var = pipeline_response__decode__idecode__rs2;
        coproc_controls__dec_idecode__rs2_valid__var = pipeline_response__decode__idecode__rs2_valid;
        coproc_controls__dec_idecode__rd__var = pipeline_response__decode__idecode__rd;
        coproc_controls__dec_idecode__rd_written__var = pipeline_response__decode__idecode__rd_written;
        coproc_controls__dec_idecode__csr_access__mode__var = pipeline_response__decode__idecode__csr_access__mode;
        coproc_controls__dec_idecode__csr_access__access_cancelled__var = pipeline_response__decode__idecode__csr_access__access_cancelled;
        coproc_controls__dec_idecode__csr_access__access__var = pipeline_response__decode__idecode__csr_access__access;
        coproc_controls__dec_idecode__csr_access__custom__mhartid__var = pipeline_response__decode__idecode__csr_access__custom__mhartid;
        coproc_controls__dec_idecode__csr_access__custom__misa__var = pipeline_response__decode__idecode__csr_access__custom__misa;
        coproc_controls__dec_idecode__csr_access__custom__mvendorid__var = pipeline_response__decode__idecode__csr_access__custom__mvendorid;
        coproc_controls__dec_idecode__csr_access__custom__marchid__var = pipeline_response__decode__idecode__csr_access__custom__marchid;
        coproc_controls__dec_idecode__csr_access__custom__mimpid__var = pipeline_response__decode__idecode__csr_access__custom__mimpid;
        coproc_controls__dec_idecode__csr_access__address__var = pipeline_response__decode__idecode__csr_access__address;
        coproc_controls__dec_idecode__csr_access__select__var = pipeline_response__decode__idecode__csr_access__select;
        coproc_controls__dec_idecode__csr_access__write_data__var = pipeline_response__decode__idecode__csr_access__write_data;
        coproc_controls__dec_idecode__immediate__var = pipeline_response__decode__idecode__immediate;
        coproc_controls__dec_idecode__immediate_shift__var = pipeline_response__decode__idecode__immediate_shift;
        coproc_controls__dec_idecode__immediate_valid__var = pipeline_response__decode__idecode__immediate_valid;
        coproc_controls__dec_idecode__op__var = pipeline_response__decode__idecode__op;
        coproc_controls__dec_idecode__subop__var = pipeline_response__decode__idecode__subop;
        coproc_controls__dec_idecode__shift_op__var = pipeline_response__decode__idecode__shift_op;
        coproc_controls__dec_idecode__funct7__var = pipeline_response__decode__idecode__funct7;
        coproc_controls__dec_idecode__illegal__var = pipeline_response__decode__idecode__illegal;
        coproc_controls__dec_idecode__is_compressed__var = pipeline_response__decode__idecode__is_compressed;
        coproc_controls__dec_idecode__ext__dummy__var = pipeline_response__decode__idecode__ext__dummy;
        coproc_controls__dec_idecode_valid__var = ((pipeline_response__decode__valid!=1'h0)&&!(pipeline_state__interrupt_req!=1'h0));
        coproc_controls__dec_to_alu_blocked__var = pipeline_control__decode__blocked;
        coproc_controls__alu_rs1__var = pipeline_response__exec__rs1;
        coproc_controls__alu_rs2__var = pipeline_response__exec__rs2;
        coproc_controls__alu_data_not_ready__var = pipeline_response__exec__cannot_start;
        coproc_controls__alu_flush_pipeline__var = pipeline_control__flush__decode;
        coproc_controls__alu_cannot_start__var = control_flow_combs__exec_cannot_start;
        coproc_controls__alu_cannot_complete__var = control_flow_combs__exec_cannot_complete;
        pipeline_coproc_response__cannot_start__var = coproc_response__cannot_start;
        pipeline_coproc_response__result__var = coproc_response__result;
        pipeline_coproc_response__result_valid__var = coproc_response__result_valid;
        pipeline_coproc_response__cannot_complete__var = coproc_response__cannot_complete;
        if (((1'h0!=64'h0)||(riscv_config__coproc_disable!=1'h0)))
        begin
            coproc_controls__dec_idecode_valid__var = 1'h0;
            coproc_controls__dec_idecode__rs1__var = 5'h0;
            coproc_controls__dec_idecode__rs1_valid__var = 1'h0;
            coproc_controls__dec_idecode__rs2__var = 5'h0;
            coproc_controls__dec_idecode__rs2_valid__var = 1'h0;
            coproc_controls__dec_idecode__rd__var = 5'h0;
            coproc_controls__dec_idecode__rd_written__var = 1'h0;
            coproc_controls__dec_idecode__csr_access__mode__var = 3'h0;
            coproc_controls__dec_idecode__csr_access__access_cancelled__var = 1'h0;
            coproc_controls__dec_idecode__csr_access__access__var = 3'h0;
            coproc_controls__dec_idecode__csr_access__custom__mhartid__var = 32'h0;
            coproc_controls__dec_idecode__csr_access__custom__misa__var = 32'h0;
            coproc_controls__dec_idecode__csr_access__custom__mvendorid__var = 32'h0;
            coproc_controls__dec_idecode__csr_access__custom__marchid__var = 32'h0;
            coproc_controls__dec_idecode__csr_access__custom__mimpid__var = 32'h0;
            coproc_controls__dec_idecode__csr_access__address__var = 12'h0;
            coproc_controls__dec_idecode__csr_access__select__var = 12'h0;
            coproc_controls__dec_idecode__csr_access__write_data__var = 32'h0;
            coproc_controls__dec_idecode__immediate__var = 32'h0;
            coproc_controls__dec_idecode__immediate_shift__var = 5'h0;
            coproc_controls__dec_idecode__immediate_valid__var = 1'h0;
            coproc_controls__dec_idecode__op__var = 4'h0;
            coproc_controls__dec_idecode__subop__var = 4'h0;
            coproc_controls__dec_idecode__shift_op__var = 4'h0;
            coproc_controls__dec_idecode__funct7__var = 7'h0;
            coproc_controls__dec_idecode__illegal__var = 1'h0;
            coproc_controls__dec_idecode__is_compressed__var = 1'h0;
            coproc_controls__dec_idecode__ext__dummy__var = 1'h0;
            coproc_controls__dec_to_alu_blocked__var = 1'h0;
            coproc_controls__alu_rs1__var = 32'h0;
            coproc_controls__alu_rs2__var = 32'h0;
            coproc_controls__alu_flush_pipeline__var = 1'h0;
            coproc_controls__alu_cannot_start__var = 1'h0;
            coproc_controls__alu_data_not_ready__var = 1'h0;
            coproc_controls__alu_cannot_complete__var = 1'h0;
            pipeline_coproc_response__cannot_start__var = 1'h0;
            pipeline_coproc_response__result__var = 32'h0;
            pipeline_coproc_response__result_valid__var = 1'h0;
            pipeline_coproc_response__cannot_complete__var = 1'h0;
        end //if
        coproc_controls__dec_idecode__rs1 = coproc_controls__dec_idecode__rs1__var;
        coproc_controls__dec_idecode__rs1_valid = coproc_controls__dec_idecode__rs1_valid__var;
        coproc_controls__dec_idecode__rs2 = coproc_controls__dec_idecode__rs2__var;
        coproc_controls__dec_idecode__rs2_valid = coproc_controls__dec_idecode__rs2_valid__var;
        coproc_controls__dec_idecode__rd = coproc_controls__dec_idecode__rd__var;
        coproc_controls__dec_idecode__rd_written = coproc_controls__dec_idecode__rd_written__var;
        coproc_controls__dec_idecode__csr_access__mode = coproc_controls__dec_idecode__csr_access__mode__var;
        coproc_controls__dec_idecode__csr_access__access_cancelled = coproc_controls__dec_idecode__csr_access__access_cancelled__var;
        coproc_controls__dec_idecode__csr_access__access = coproc_controls__dec_idecode__csr_access__access__var;
        coproc_controls__dec_idecode__csr_access__custom__mhartid = coproc_controls__dec_idecode__csr_access__custom__mhartid__var;
        coproc_controls__dec_idecode__csr_access__custom__misa = coproc_controls__dec_idecode__csr_access__custom__misa__var;
        coproc_controls__dec_idecode__csr_access__custom__mvendorid = coproc_controls__dec_idecode__csr_access__custom__mvendorid__var;
        coproc_controls__dec_idecode__csr_access__custom__marchid = coproc_controls__dec_idecode__csr_access__custom__marchid__var;
        coproc_controls__dec_idecode__csr_access__custom__mimpid = coproc_controls__dec_idecode__csr_access__custom__mimpid__var;
        coproc_controls__dec_idecode__csr_access__address = coproc_controls__dec_idecode__csr_access__address__var;
        coproc_controls__dec_idecode__csr_access__select = coproc_controls__dec_idecode__csr_access__select__var;
        coproc_controls__dec_idecode__csr_access__write_data = coproc_controls__dec_idecode__csr_access__write_data__var;
        coproc_controls__dec_idecode__immediate = coproc_controls__dec_idecode__immediate__var;
        coproc_controls__dec_idecode__immediate_shift = coproc_controls__dec_idecode__immediate_shift__var;
        coproc_controls__dec_idecode__immediate_valid = coproc_controls__dec_idecode__immediate_valid__var;
        coproc_controls__dec_idecode__op = coproc_controls__dec_idecode__op__var;
        coproc_controls__dec_idecode__subop = coproc_controls__dec_idecode__subop__var;
        coproc_controls__dec_idecode__shift_op = coproc_controls__dec_idecode__shift_op__var;
        coproc_controls__dec_idecode__funct7 = coproc_controls__dec_idecode__funct7__var;
        coproc_controls__dec_idecode__illegal = coproc_controls__dec_idecode__illegal__var;
        coproc_controls__dec_idecode__is_compressed = coproc_controls__dec_idecode__is_compressed__var;
        coproc_controls__dec_idecode__ext__dummy = coproc_controls__dec_idecode__ext__dummy__var;
        coproc_controls__dec_idecode_valid = coproc_controls__dec_idecode_valid__var;
        coproc_controls__dec_to_alu_blocked = coproc_controls__dec_to_alu_blocked__var;
        coproc_controls__alu_rs1 = coproc_controls__alu_rs1__var;
        coproc_controls__alu_rs2 = coproc_controls__alu_rs2__var;
        coproc_controls__alu_data_not_ready = coproc_controls__alu_data_not_ready__var;
        coproc_controls__alu_flush_pipeline = coproc_controls__alu_flush_pipeline__var;
        coproc_controls__alu_cannot_start = coproc_controls__alu_cannot_start__var;
        coproc_controls__alu_cannot_complete = coproc_controls__alu_cannot_complete__var;
        pipeline_coproc_response__cannot_start = pipeline_coproc_response__cannot_start__var;
        pipeline_coproc_response__result = pipeline_coproc_response__result__var;
        pipeline_coproc_response__result_valid = pipeline_coproc_response__result_valid__var;
        pipeline_coproc_response__cannot_complete = pipeline_coproc_response__cannot_complete__var;
    end //always

    //b trace combinatorial process
        //   
        //       Map the pipeline output to the trace
        //       
    always @ ( * )//trace
    begin: trace__comb_code
    reg trace__instr_valid__var;
    reg [2:0]trace__mode__var;
    reg [31:0]trace__instr_pc__var;
    reg [31:0]trace__instruction__var;
    reg trace__branch_taken__var;
    reg [31:0]trace__branch_target__var;
    reg trace__trap__var;
    reg trace__ret__var;
    reg trace__jalr__var;
    reg trace__rfw_retire__var;
    reg trace__rfw_data_valid__var;
    reg [4:0]trace__rfw_rd__var;
    reg [31:0]trace__rfw_data__var;
    reg trace__bkpt_valid__var;
    reg [3:0]trace__bkpt_reason__var;
        trace__instr_valid__var = 1'h0;
        trace__mode__var = 3'h0;
        trace__instr_pc__var = 32'h0;
        trace__instruction__var = 32'h0;
        trace__branch_taken__var = 1'h0;
        trace__branch_target__var = 32'h0;
        trace__trap__var = 1'h0;
        trace__ret__var = 1'h0;
        trace__jalr__var = 1'h0;
        trace__rfw_retire__var = 1'h0;
        trace__rfw_data_valid__var = 1'h0;
        trace__rfw_rd__var = 5'h0;
        trace__rfw_data__var = 32'h0;
        trace__bkpt_valid__var = 1'h0;
        trace__bkpt_reason__var = 4'h0;
        trace__instr_valid__var = (((pipeline_response__exec__valid!=1'h0)&&(pipeline_control__exec__completing!=1'h0))&&!(pipeline_control__flush__exec!=1'h0));
        trace__instr_pc__var = pipeline_response__exec__pc;
        trace__mode__var = pipeline_state__mode;
        trace__instruction__var = pipeline_response__exec__instruction__data;
        trace__rfw_retire__var = pipeline_response__rfw__valid;
        trace__rfw_data_valid__var = pipeline_response__rfw__rd_written;
        trace__rfw_rd__var = pipeline_response__rfw__rd;
        trace__rfw_data__var = pipeline_response__rfw__data;
        trace__branch_taken__var = control_flow_combs__branch_taken;
        trace__trap__var = ((pipeline_control__trap__valid!=1'h0)&&!(pipeline_control__trap__ret!=1'h0));
        trace__ret__var = pipeline_control__trap__ret;
        trace__jalr__var = control_flow_combs__jalr;
        trace__branch_target__var = ifetch_req__address;
        trace__bkpt_valid__var = 1'h0;
        trace__bkpt_reason__var = 4'h0;
        trace__instr_valid = trace__instr_valid__var;
        trace__mode = trace__mode__var;
        trace__instr_pc = trace__instr_pc__var;
        trace__instruction = trace__instruction__var;
        trace__branch_taken = trace__branch_taken__var;
        trace__branch_target = trace__branch_target__var;
        trace__trap = trace__trap__var;
        trace__ret = trace__ret__var;
        trace__jalr = trace__jalr__var;
        trace__rfw_retire = trace__rfw_retire__var;
        trace__rfw_data_valid = trace__rfw_data_valid__var;
        trace__rfw_rd = trace__rfw_rd__var;
        trace__rfw_data = trace__rfw_data__var;
        trace__bkpt_valid = trace__bkpt_valid__var;
        trace__bkpt_reason = trace__bkpt_reason__var;
    end //always

endmodule // riscv_i32_pipeline_control_flow